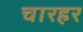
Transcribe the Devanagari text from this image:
चारहर